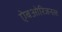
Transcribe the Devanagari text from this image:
ऐबओरिजनल